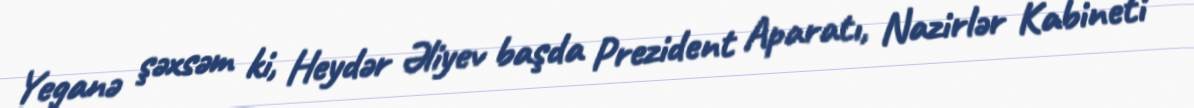
Yeganə şəxsəm ki, Heydər Əliyev başda Prezident Aparatı, Nazirlər Kabineti